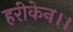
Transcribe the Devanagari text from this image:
हरीकेन।।